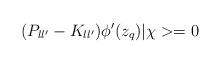
LaTeX: \begin{align*}(P_{ll'} - K_{ll'}) \phi '(z_{q})|\chi > = 0\end{align*}